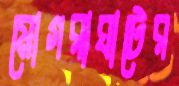
মোগরাঘাটের